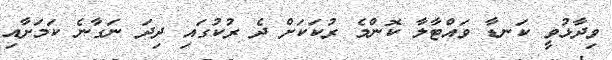
ވިދާޅުވީ ކަނޑާ ވައްޓާލާ ކޮންމެ ރުކަކަށް ދެ ރުކުގައި ދިދަ ނަގާނެ ކަމަށާއި